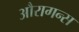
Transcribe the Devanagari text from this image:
औरागन्स